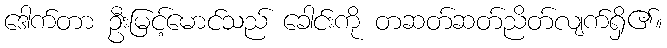
ဒေါက်တာ ဦးမြင့်မောင်သည် ခေါင်းကို တဆတ်ဆတ်ညိတ်လျက်ရှိ၏။